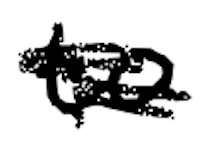
Text: to
Cross-out: scratch
Writing tool: digital_black